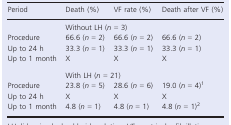
| Period | Death (%) | VF rate (%) | Death after VF (%) |
 | --- | --- | --- | --- |
 |  | <COLSPAN=3> Without LH (n = 3) |
 | Procedure | 66.6 (n =2) | 66.6 (n =2) | 66.6 (n = 2) |
 | Up to 24 h | 33.3 (n = 1) | 33.3 (n = 1) | 33.3 (n = 1) |
 | Up to 1 month | X | X | X |
 |  | <COLSPAN=3> With LH (n = 21) |
 | Procedure | 23.8 (n = 5) | 28.6 (n = 6) | 19.0 (n = 4)1 |
 | Up to 24 h | X | X | X |
 | Up to 1 month | 4.8 (n = 1) | 4.8 (n = 1) | 4.8 (n = 1)2 |